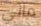
ماني